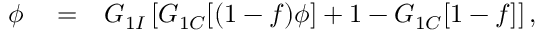
\begin{array} { r l r } { \phi } & { { } = } & { G _ { 1 I } \left[ G _ { 1 C } [ ( 1 - f ) \phi ] + 1 - G _ { 1 C } [ 1 - f ] \right] , } \end{array}